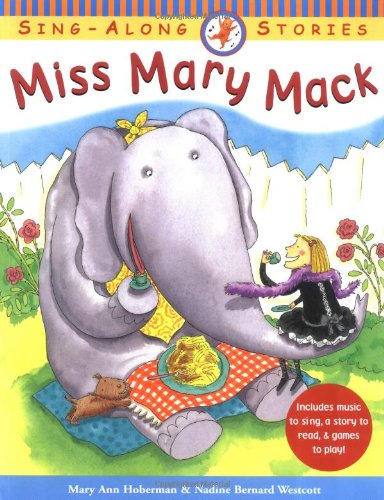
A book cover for Miss Mary Mack; Mary Ann Hoberman; Humor & Entertainment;